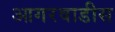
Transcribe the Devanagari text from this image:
आगरवाडीस